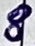
Text: 8